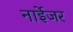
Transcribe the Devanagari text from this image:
नाईेजर